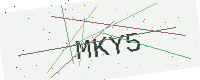
Text: MKY5